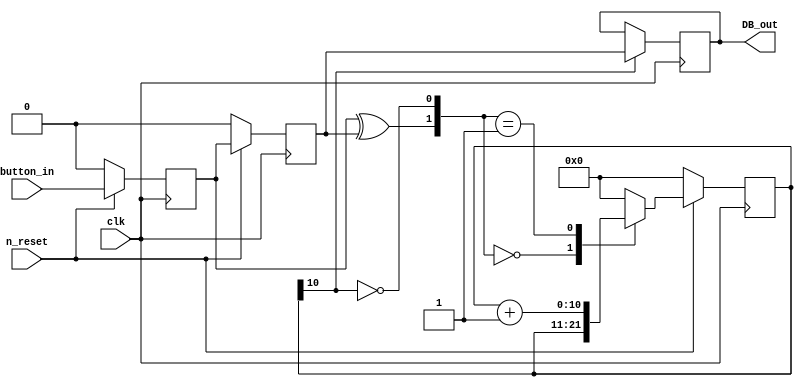
module  DeBounce 
	(
	input 		clk, n_reset, button_in,	// inputs
	output reg 	DB_out							// output
	);
//// ---------------- internal constants --------------
	parameter N = 11 ;		// 2^11/ 50 MHz = 40.96 ms debounce time
////---------------- internal variables ---------------
	reg  [N-1 : 0]	q_reg;						// timing regs
	reg  [N-1 : 0]	q_next;
	reg DFF1, DFF2;								// input flip-flops
	wire q_add;										// control flags
	wire q_reset;
//// ------------------------------------------------------

////contenious assignment for counter control
	assign q_reset = (DFF1  ^ DFF2);		// xor input flip flops to look for level chage to reset counter
	assign  q_add = ~(q_reg[N-1]);			// add to counter when q_reg msb is equal to 0
	
//// combo counter to manage q_next	
	always @ ( q_reset, q_add, q_reg)
		begin
			case( {q_reset , q_add})
				2'b00 :
						q_next <= q_reg;
				2'b01 :
						q_next <= q_reg + 1;
				default :
						q_next <= { N {1'b0} };
			endcase 	
		end
	
//// Flip flop inputs and q_reg update
	always @ ( posedge clk )
		begin
			if(n_reset ==  1'b0)
				begin
					DFF1 <= 1'b0;
					DFF2 <= 1'b0;
					q_reg <= { N {1'b0} };
				end
			else
				begin
					DFF1 <= button_in;
					DFF2 <= DFF1;
					q_reg <= q_next;
				end
		end
	
//// counter control
	always @ ( posedge clk )
		begin
			if(q_reg[N-1] == 1'b1)
					DB_out <= DFF2;
			else
					DB_out <= DB_out;
		end

	endmodule